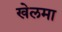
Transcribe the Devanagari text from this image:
खेलमा